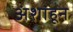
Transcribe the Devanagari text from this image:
अंशांहून